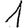
Digit: 1